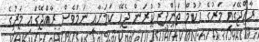
ރާއްޖޭގައި މަރުގެ ޙުކުމް ތަންފީޒު ކުރަން ޖެހޭ ކަމަށާއި ނަމަވެސް ރާއްޖޭގައި މަރުގެ